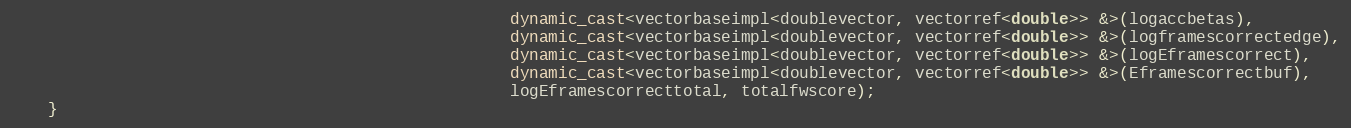
Language: C++
                                                    dynamic_cast<vectorbaseimpl<doublevector, vectorref<double>> &>(logaccbetas),
                                                    dynamic_cast<vectorbaseimpl<doublevector, vectorref<double>> &>(logframescorrectedge),
                                                    dynamic_cast<vectorbaseimpl<doublevector, vectorref<double>> &>(logEframescorrect),
                                                    dynamic_cast<vectorbaseimpl<doublevector, vectorref<double>> &>(Eframescorrectbuf),
                                                    logEframescorrecttotal, totalfwscore);
    }